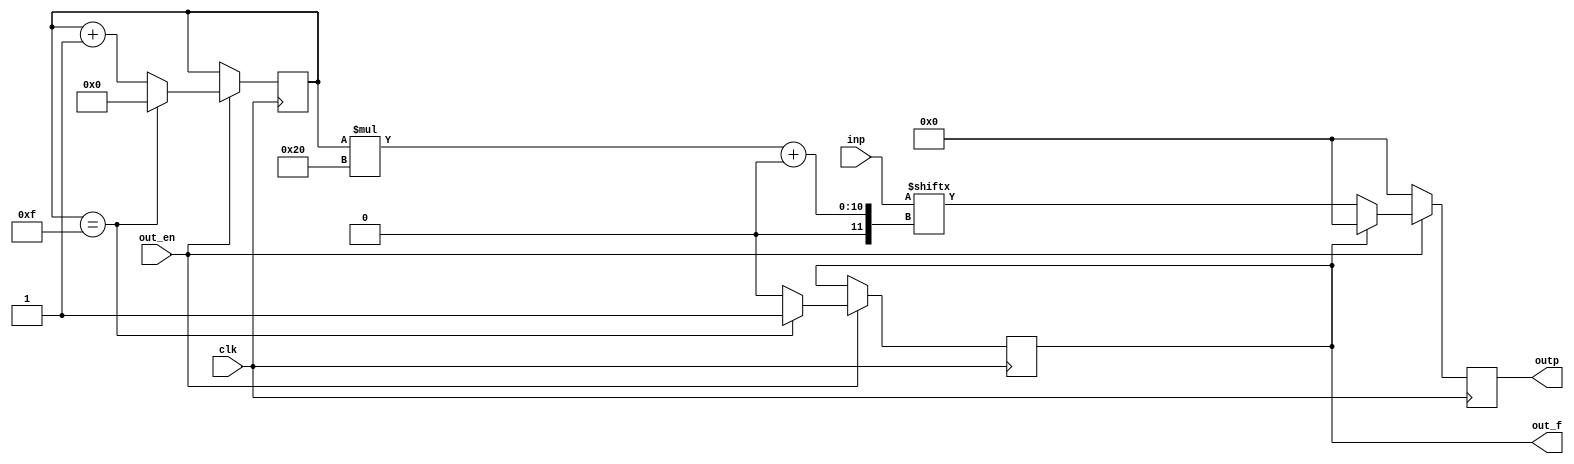
`timescale 1ns / 1ps

module outbuffer#(parameter M = 23, E = 8, arrsize = 16)(inp, outp, clk, out_en, out_f );
input [(arrsize*(M+E+1))-1:0]inp;
reg [$clog2(arrsize)-1:0] cnt = 0;
input clk, out_en;
output reg [M+E:0] outp;
output reg out_f = 0;


 always @(posedge clk)
  begin
   if(out_en)
    begin
     if(cnt == arrsize-1)
      begin
       out_f <= 1;
       cnt <= 0;
       outp <= 0;
      end 
     else
      begin
       cnt <= cnt + 1;
       out_f <= 0;
      end
    if(!out_f)  outp <= inp[cnt*(M+E+1)+:M+E+1]; 
    else outp <= 0;
    end
   else
    begin
       outp <= 0;
    end  
  end
endmodule